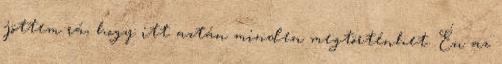
jöttem rá, hogy itt aztán minden megtörténhet. Én az